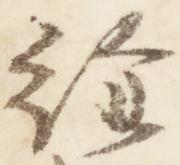
経